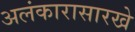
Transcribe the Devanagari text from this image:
अलंकारासारखे